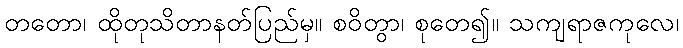
တတော၊ ထိုတုသိတာနတ်ပြည်မှ။ စဝိတွာ၊ စုတေ၍။ သကျရာဇကုလေ၊